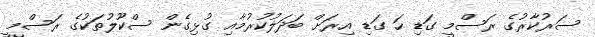
ސަރުކާރުގެ ރަސްމީ ގަޑި ހަ ގަޑި އިރަށް ބަދަލުކުރުމާއި ގުޅިގެން ސްކޫލުތަކުގެ ރަސްމީ